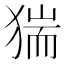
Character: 猯